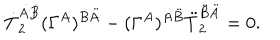
\dot { T } _ { 2 } ^ { \dot { A } \dot { B } } ( \Gamma ^ { A } ) ^ { \dot { B } \ddot { A } } - ( \Gamma ^ { A } ) ^ { \dot { A } \ddot { B } } \ddot { T } _ { 2 } ^ { \ddot { B } \ddot { A } } = 0 .